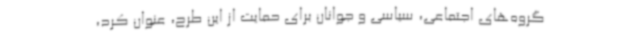
گروه‌های اجتماعی، سیاسی و جوانان برای حمایت از این طرح، عنوان کرد،